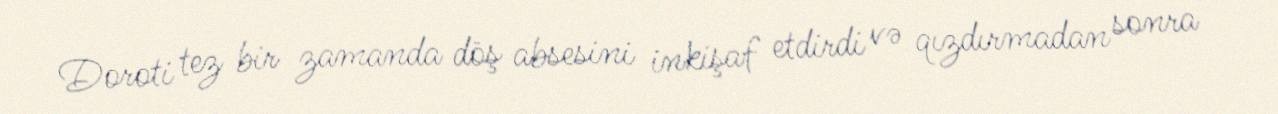
Doroti tez bir zamanda döş absesini inkişaf etdirdi və qızdırmadan sonra